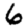
Digit: 6